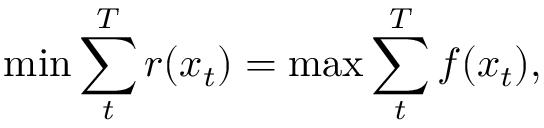
\operatorname* { m i n } \sum _ { t } ^ { T } r ( x _ { t } ) = \operatorname* { m a x } \sum _ { t } ^ { T } f ( x _ { t } ) ,